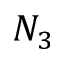
N _ { 3 }